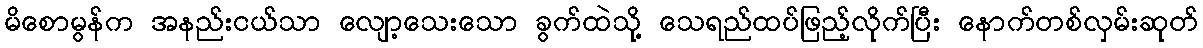
မိစောမွန်က အနည်းငယ်သာ လျော့သေးသော ခွက်ထဲသို့ သေရည်ထပ်ဖြည့်လိုက်ပြီး နောက်တစ်လှမ်းဆုတ်